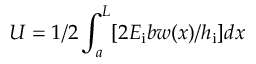
U = 1 / 2 \int _ { a } ^ { L } [ 2 E _ { \mathrm { i } } b w ( x ) / h _ { \mathrm { i } } ] d x